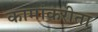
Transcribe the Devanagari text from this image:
कामांकरीता